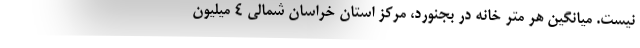
نیست. میانگین هر متر خانه در بجنورد، مرکز استان خراسان شمالی ۴ میلیون